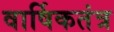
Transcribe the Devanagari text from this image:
वार्षिकतंत्र